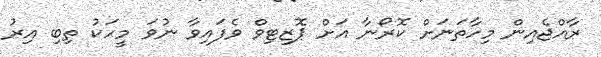
ރާއްޖެއިން މިހާތަނަށް ކޮރޯނާ އަށް ޕޮޒިޓިވް ވެފައިވާ ނުވަ މީހަކު ތިބި އިރު